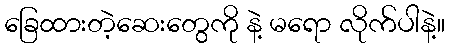
ခြေထားတဲ့ဆေးတွေကို နဲ့ မရော လိုက်ပါနဲ့။